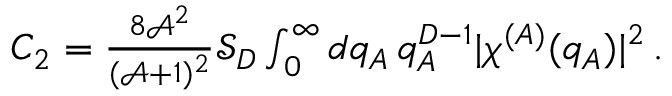
\begin{array} { r } { C _ { 2 } = \frac { 8 \mathcal { A } ^ { 2 } } { ( \mathcal { A } + 1 ) ^ { 2 } } \mathcal { S } _ { D } \int _ { 0 } ^ { \infty } d q _ { A } \, q _ { A } ^ { D - 1 } \lvert \chi ^ { ( A ) } ( q _ { A } ) \rvert ^ { 2 } \, . } \end{array}